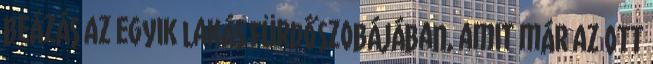
beázás az egyik lakás fürdőszobájában, amit már az ott